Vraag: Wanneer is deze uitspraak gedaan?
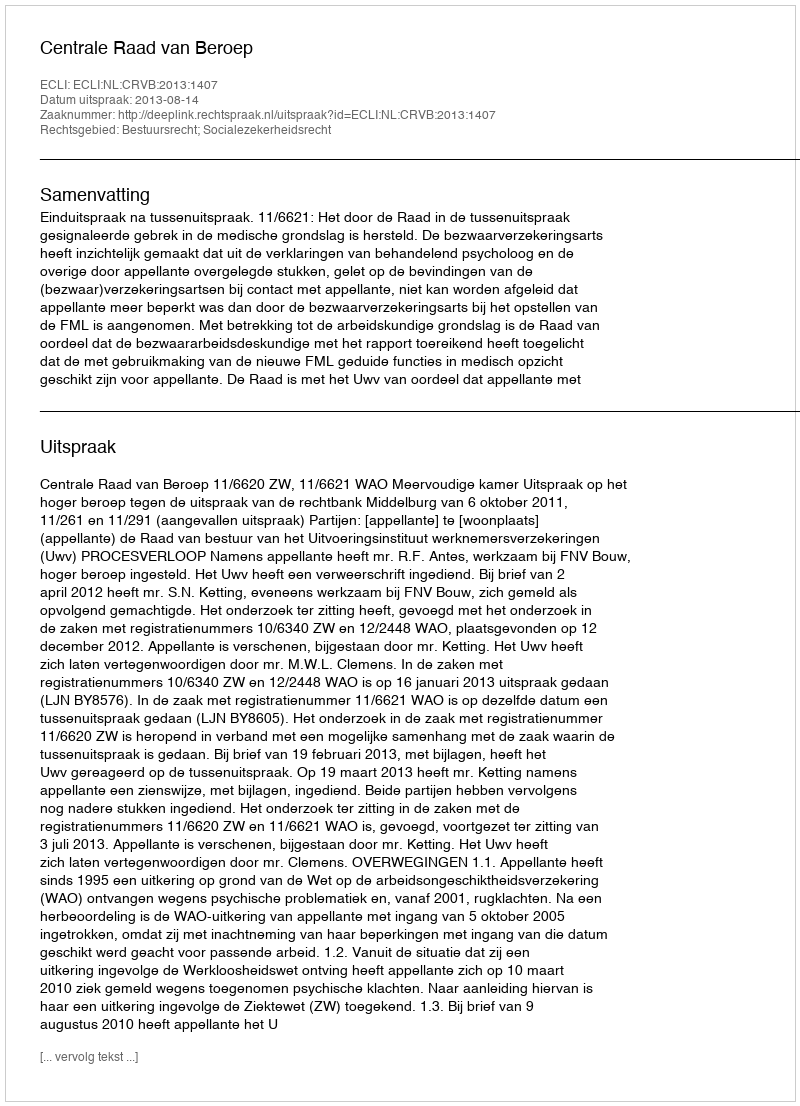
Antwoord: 2013-08-14